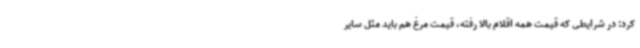
کرد: در شرایطی که قیمت همه اقلام بالا رفته، قیمت مرغ هم باید مثل سایر